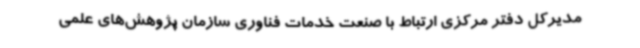
مدیرکل دفتر مرکزی ارتباط با صنعت خدمات فناوری سازمان پژوهش‌های علمی